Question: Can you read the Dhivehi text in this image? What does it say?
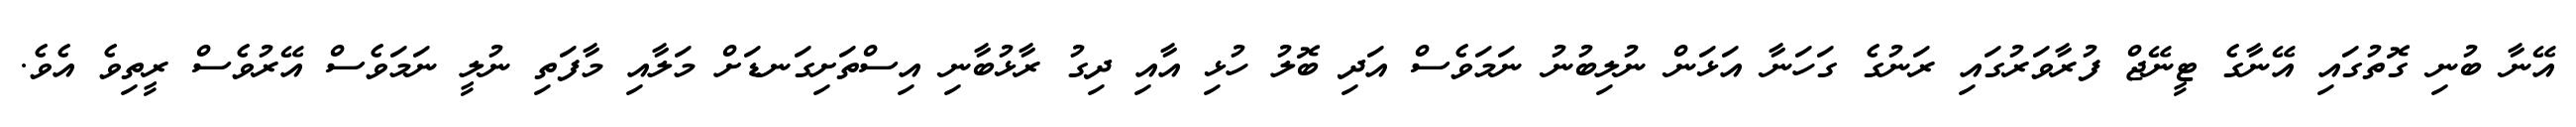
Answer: އޭނާ ބުނި ގޮތުގައި އޭނާގެ ޓީނޭޖް ފުރާވަރުގައި ރަނުގެ ގަހަނާ އަޅަން ނުލިބުނު ނަމަވެސް އަދި ބޮލު ހުޅި އާއި ދިގު ރާޅުބާނި އިސްތަށިގަނޑަށް މަލާއި މާފަތި ނުލީ ނަމަވެސް އޭރުވެސް ރީތިވެ އެވެ.